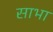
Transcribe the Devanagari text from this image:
साभा